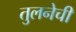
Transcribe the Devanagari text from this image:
तुलनेची